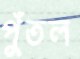
পুঁতল